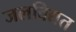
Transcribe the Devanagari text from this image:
जलविद्यत